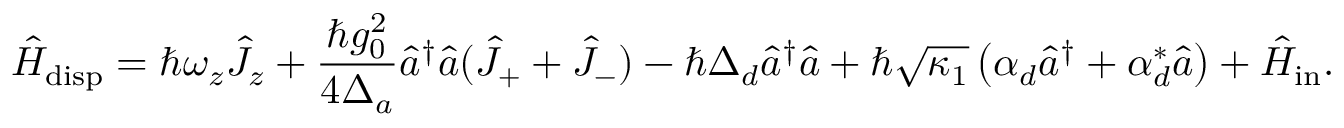
\hat { H } _ { \mathrm { d i s p } } = \hbar \omega _ { z } \hat { J } _ { z } + \frac { \hbar g _ { 0 } ^ { 2 } } { 4 \Delta _ { a } } \hat { a } ^ { \dagger } \hat { a } ( \hat { J } _ { + } + \hat { J } _ { - } ) - \hbar \Delta _ { d } \hat { a } ^ { \dagger } \hat { a } + \hbar \sqrt { \kappa _ { 1 } } \left( \alpha _ { d } \hat { a } ^ { \dagger } + \alpha _ { d } ^ { * } \hat { a } \right) + \hat { H } _ { \mathrm { i n } } .